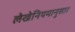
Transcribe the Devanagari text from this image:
लेखेनियमानुसार